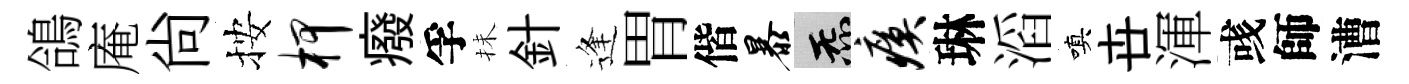
鴿庵尚按柙癈孚抺針逢胃偕暴炁瘼琳滔嗔卋渾彧師漕